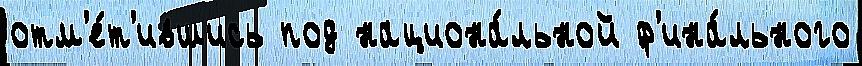
отм'е́т'ившись под национа́льной ф'ина́льного